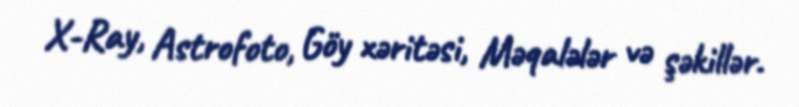
X-Ray, Astrofoto, Göy xəritəsi, Məqalələr və şəkillər.